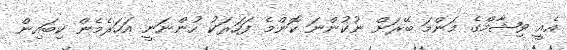
އެއީ ވިޝާމްގެ މަންމަ ބޭރަށް ނުކުންނަ ކޮންމެ ފަހަރަކު ހުންނަނީ އަހަރެމެން ކިބައިން